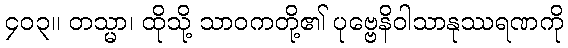
၄၀၃။ တသ္မာ၊ ထိုသို့ သာဝကတို့၏ ပုဗ္ဗေနိဝါသာနုဿရဏကို